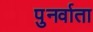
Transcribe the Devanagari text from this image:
पुनर्वाता